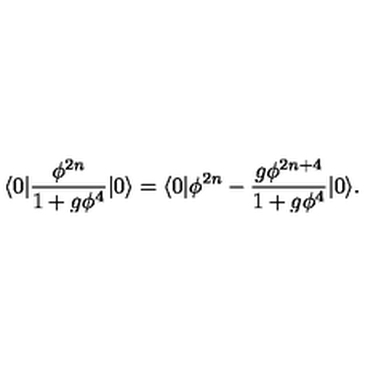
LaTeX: \langle 0 | \frac { \phi ^ { 2 n } } { 1 + g \phi ^ { 4 } } | 0 \rangle = \langle 0 | \phi ^ { 2 n } - \frac { g \phi ^ { 2 n + 4 } } { 1 + g \phi ^ { 4 } } | 0 \rangle .